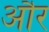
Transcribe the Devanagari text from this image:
औॅर